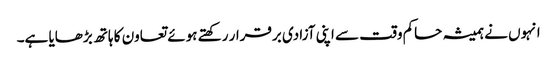
انہوں نے ہمیشہ حاکم وقت سے اپنی آزادی برقرار رکھتے ہوئے تعاون کا ہاتھ بڑھایا ہے۔